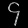
Digit: ၄